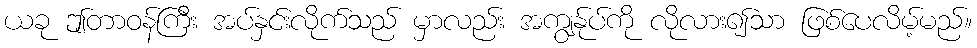
ယခု ဤတာဝန်ကြီး အပ်နှင်းလိုက်သည် မှာလည်း အကျွန်ုပ်ကို လိုလား၍သာ ဖြစ်ပေလိမ့်မည်။